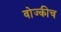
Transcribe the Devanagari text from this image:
वोज्कीच